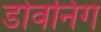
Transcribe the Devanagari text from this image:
डोवनिंग